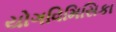
યોગવિમિસિકા